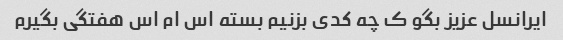
ایرانسل عزیز بگو ک چه کدی بزنیم بسته اس ام اس هفتگی بگیرم